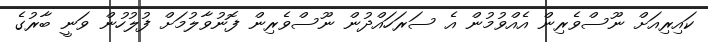
ކައިރިއަށް ނޫސްވެރިން އެއްވުމުން އެ ސަރަހައްދުން ނޫސްވެރިން ފޮނުވާލުމަށް ފުލުހުން ވަނީ ބާރުގެ